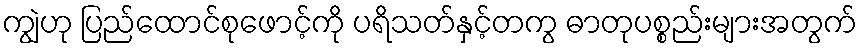
ကျွဲဟု ပြည်ထောင်စုဖောင့်ကို ပရိသတ်နှင့်တကွ ဓာတုပစ္စည်းများအတွက်